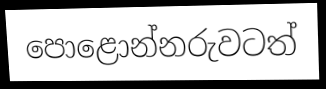
පොළොන්නරුවටත්